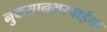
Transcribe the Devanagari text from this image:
नुकसानभरपाईचा